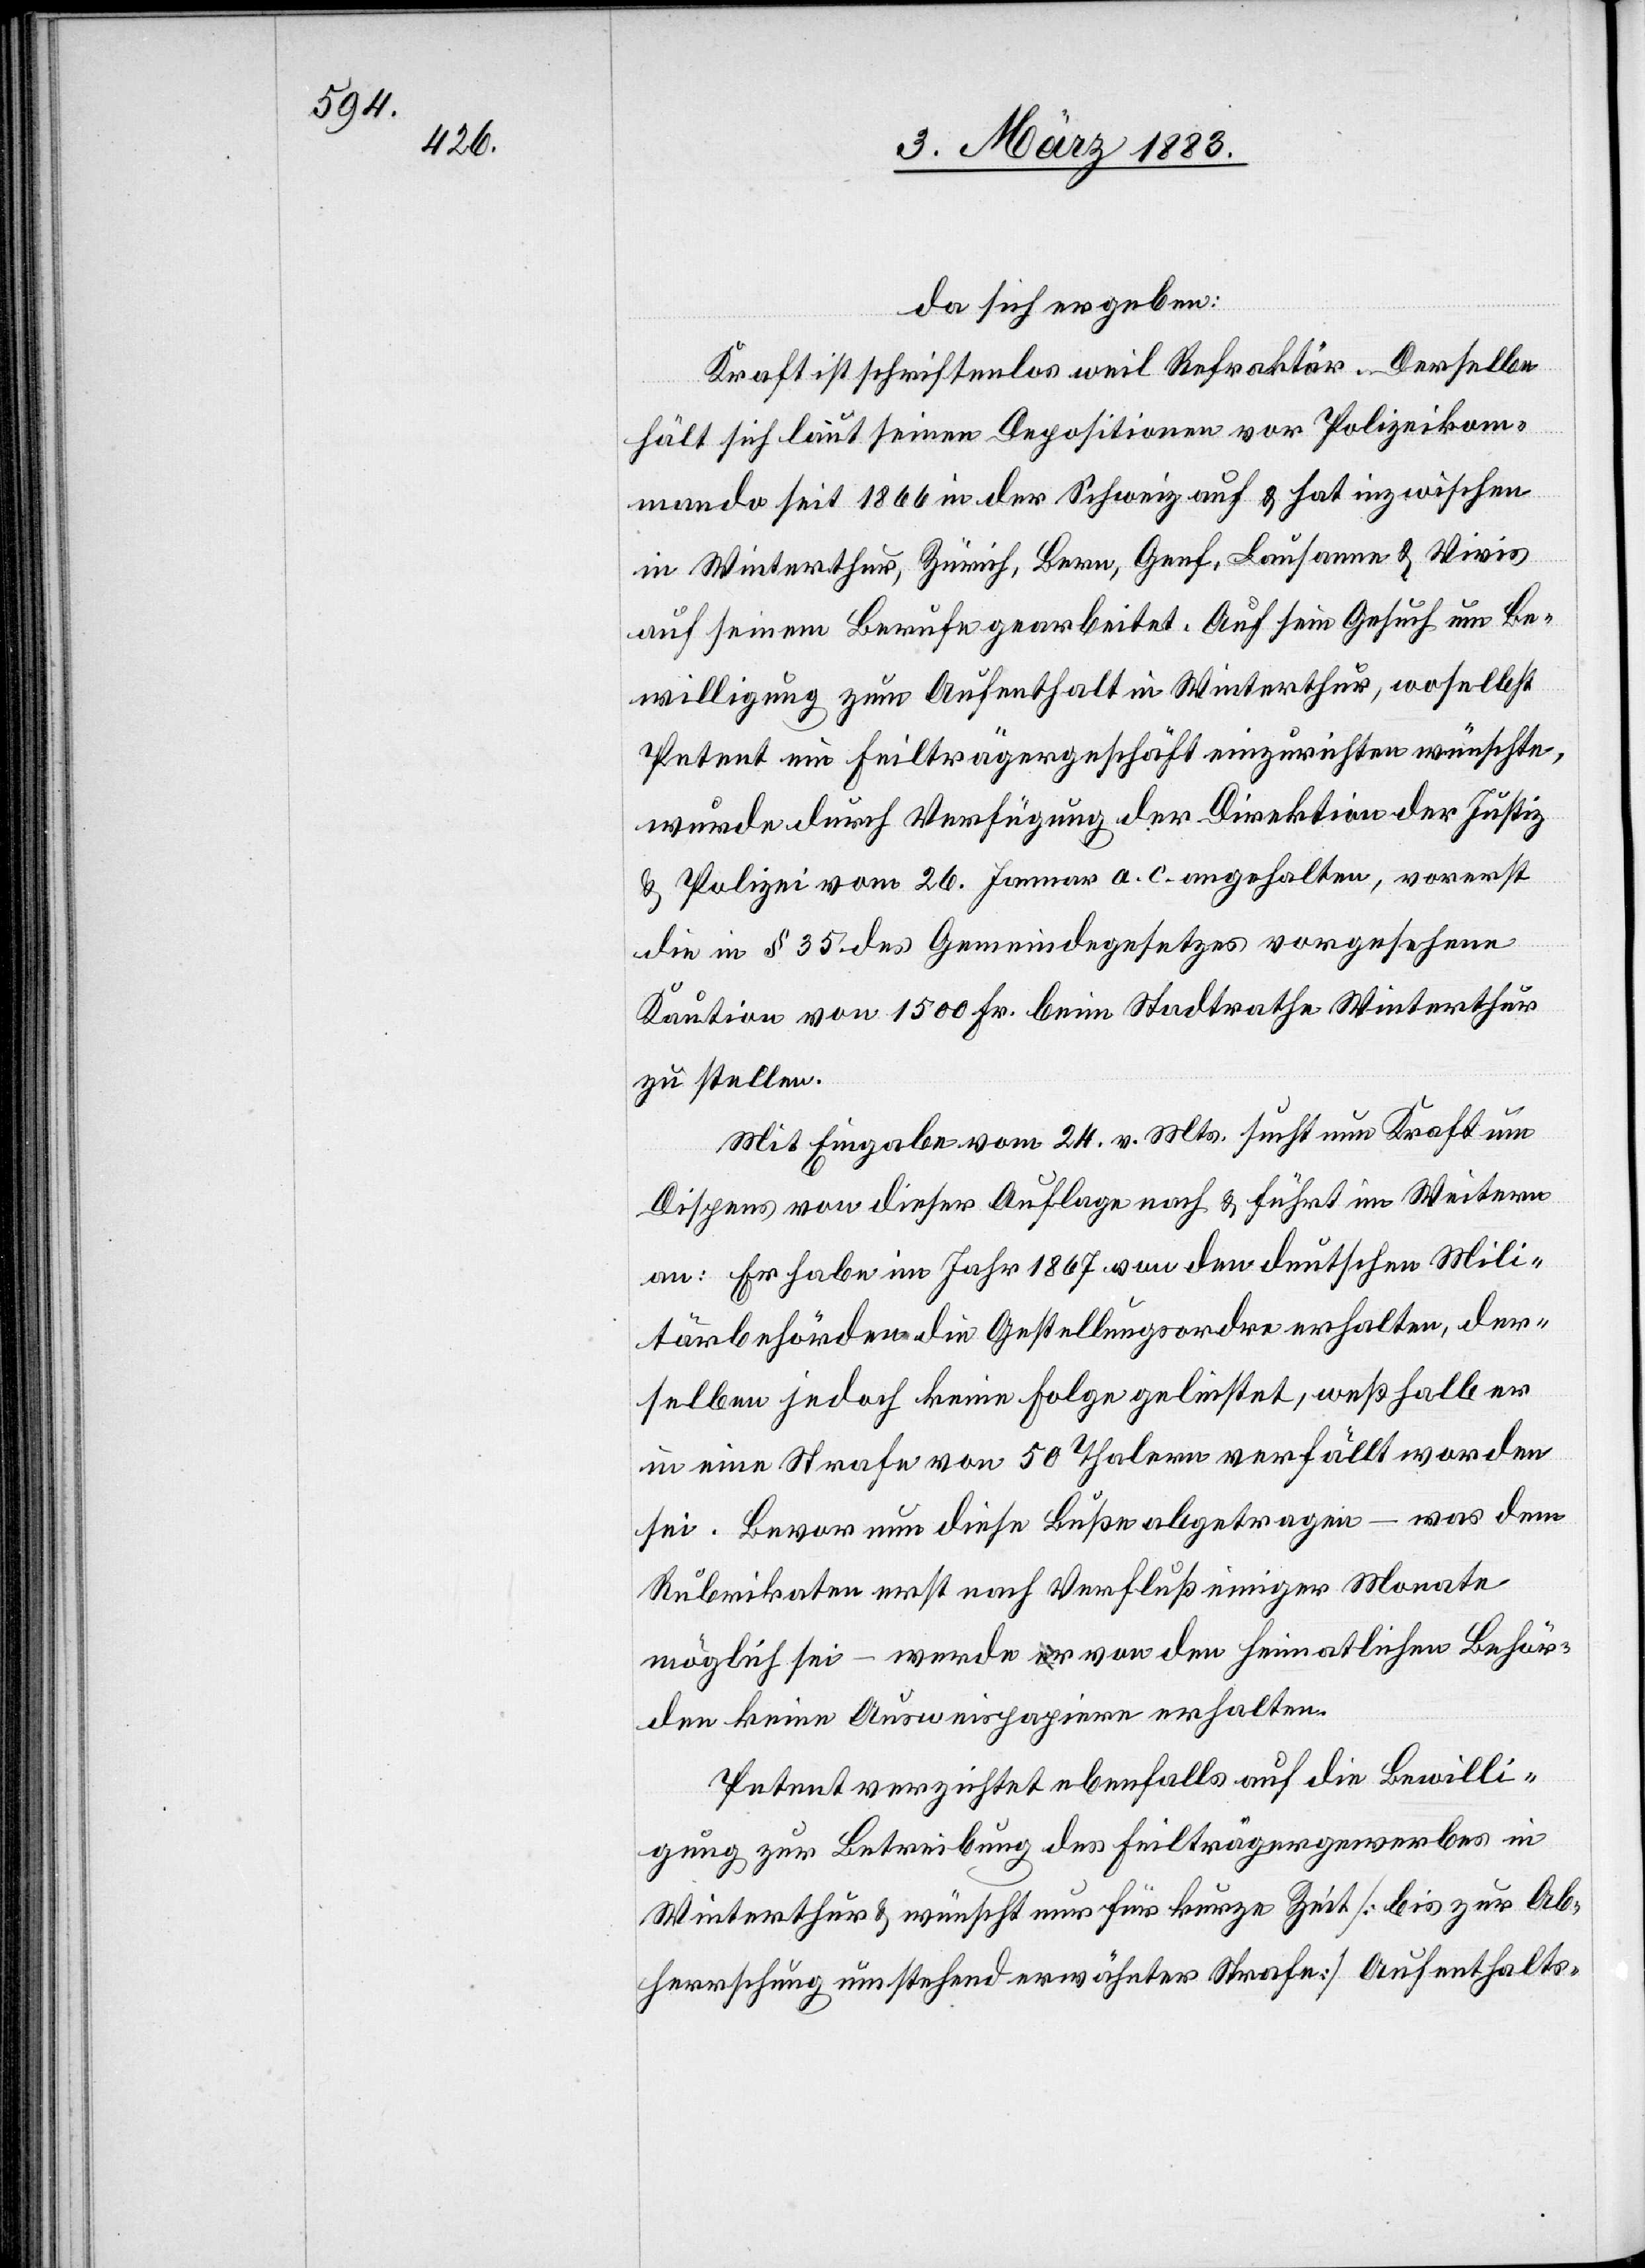
da sich ergeben:
Kraft ist schriftenlos weil Refraktär. Derselbe
hält sich laut seinen Depositionen vor Polizeikom¬
mando seit 1866 in der Schweiz auf & hat inzwischen
in Winterthur, Zürich, Bern, Genf, Lausanne & Vivis
auf seinem Berufe gearbeitet. Auf sein Gesuch um Be¬
willigung zum Aufenthalt in Winterthur, woselbst
Petent ein Feilträgergeschäft einzurichten wünschte,
& Polizei vom 26. Januar a. c. angehalten, vorerst
die in § 35 des Gemeindegesetzes vorgesehene
Kaution von 1500 Fr. beim Stadtrathe Winterthur
zu stellen.
Mit Eingabe vom 24. v. Mts. sucht nun Kraft um
Dispens von dieser Auflage nach & führt im Weitern
an: Er habe im Jahr 1867 von den deutschen Mili¬
tärbehörden die Gestellungsordre [sic!] erhalten, der¬
selben jedoch keine Folge geleistet, weßhalb er
in eine Strafe von 50 Thalern verfällt worden
sei. Bevor nun diese Buße abgetragen – was dem
Rubrikaten erst nach Verfluß einiger Monate
möglich sei – werde er von den heimatlichen Behör¬
den keine Ausweispapiere erhalten.
Petent verzichtet ebenfalls auf die Bewilli¬
gung zur Betreibung des Feilträgergewerbes in
Winterthur & wünscht nur für kurze Zeit [bis zur Ab¬
herrschung umstehend erwähnter Strafe] Aufenthalts-

durch